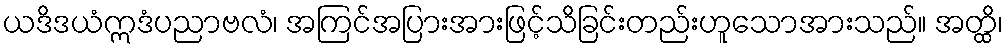
ယဒိဒယံဣဒံပညာဗလံ၊ အကြင်အပြားအားဖြင့်သိခြင်းတည်းဟူသောအားသည်။ အတ္ထိ၊